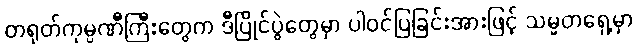
တရုတ်ကုမ္ပဏီကြီးတွေက ဒီပြိုင်ပွဲတွေမှာ ပါဝင်ပြခြင်းအားဖြင့် သမ္မတရှေ့မှာ